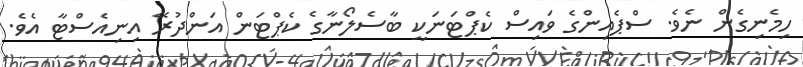
ހިމެނިގެން ނެވެ. ސްޕެއިންގެ ވައިސް ކެޕްޓަނަކީ ބާސެލޯނާގެ ކެޕްޓަން އަންދުރޭ އިނިއެސްޓާ އެވެ.